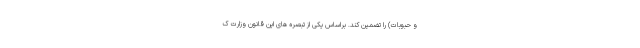
و حبوبات) را تضمین کند. براساس یکی از تبصره های این قانون وزارت ک